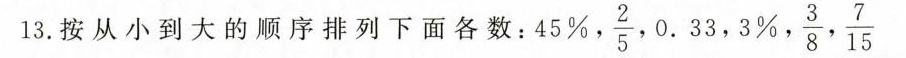
13.按从小到大的顺序排列下面各数： 45% , \frac{2}{5},0.33,3% , \frac{3}{8},\frac{7}{15}